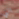
التي